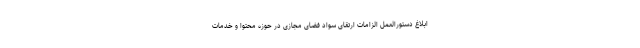
ابلاغ دستورالعمل الزامات ارتقای سواد فضای مجازی در حوزه محتوا و خدمات